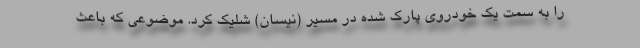
را به سمت یک خودروی پارک شده در مسیر (نیسان) شلیک کرد. موضوعی که باعث